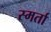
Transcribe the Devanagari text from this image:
स्मर्ता